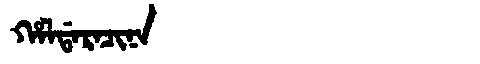
Manchu: ᡥᠠᠯᡩᠠᡵᠠᠴᡳᠨᠠ
Romanization: HALDARACINA